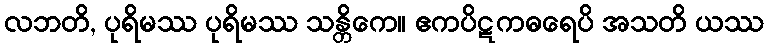
လဘတိ, ပုရိမဿ ပုရိမဿ သန္တိကေ။ ဧကပိဋကဓရေပိ အသတိ ယဿ